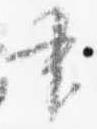
書